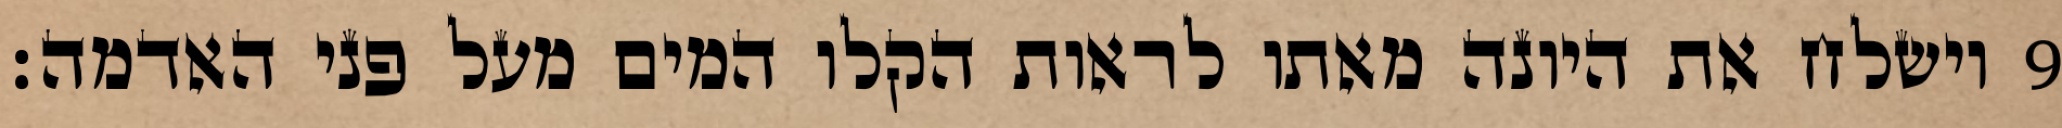
וישלח את היונה מאתו לראות הקלו המים מעל פני האדמה׃ ‎9‏